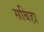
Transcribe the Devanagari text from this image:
सबिहा